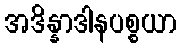
အဒိန္နာဒါနပစ္စယာ